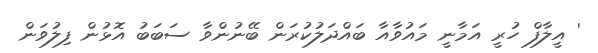
' އީލާފް ހުރީ އަމާނީ މައުވާއާ ބައްދަލުކުރަން ބޭނުންވާ ސަބަބު އޮޅުން ފިލުވަން